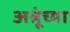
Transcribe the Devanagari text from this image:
अश्रूंच्या